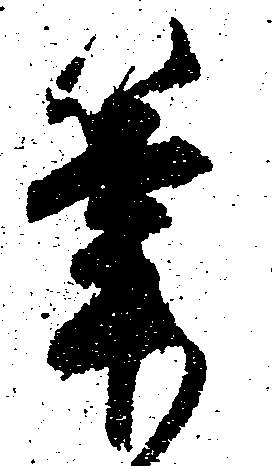
筆